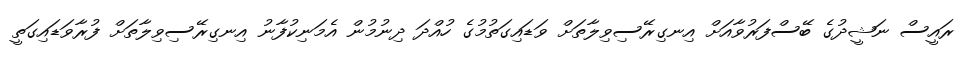
ރައީސް ނަޝީދުގެ ބޭސްފަރުވާއަށް އިނގިރޭސިވިލާތަށް ވަޑައިގަތުމުގެ ހުއްދަ ދިނުމުން އެމަނިކުފާނު އިނގިރޭސިވިލާތަށް ފުރާވަޑައިގަތީ